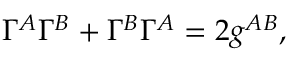
\Gamma ^ { A } \Gamma ^ { B } + \Gamma ^ { B } \Gamma ^ { A } = 2 g ^ { A B } ,